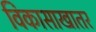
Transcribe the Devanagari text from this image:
विकासाखातर